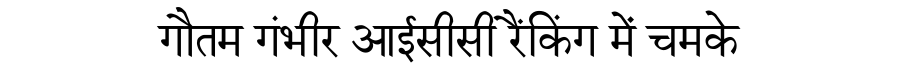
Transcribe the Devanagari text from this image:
गौतम गंभीर आईसीसी रैंकिंग में चमके